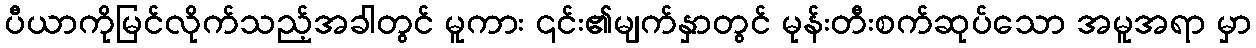
ပီယာကိုမြင်လိုက်သည့်အခါတွင် မူကား ၎င်း၏မျက်နှာတွင် မုန်းတီးစက်ဆုပ်သော အမူအရာ မှာ